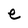
Character: e